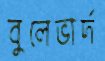
বুলেভার্দ